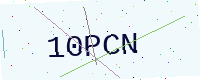
Text: 10PCN